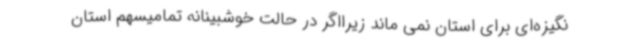
نگیزه‌ای برای استان نمی ماند زیرااگر در حالت خوشبینانه تمامیسهم استان